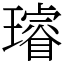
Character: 璿